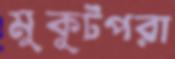
মুকুটপরা